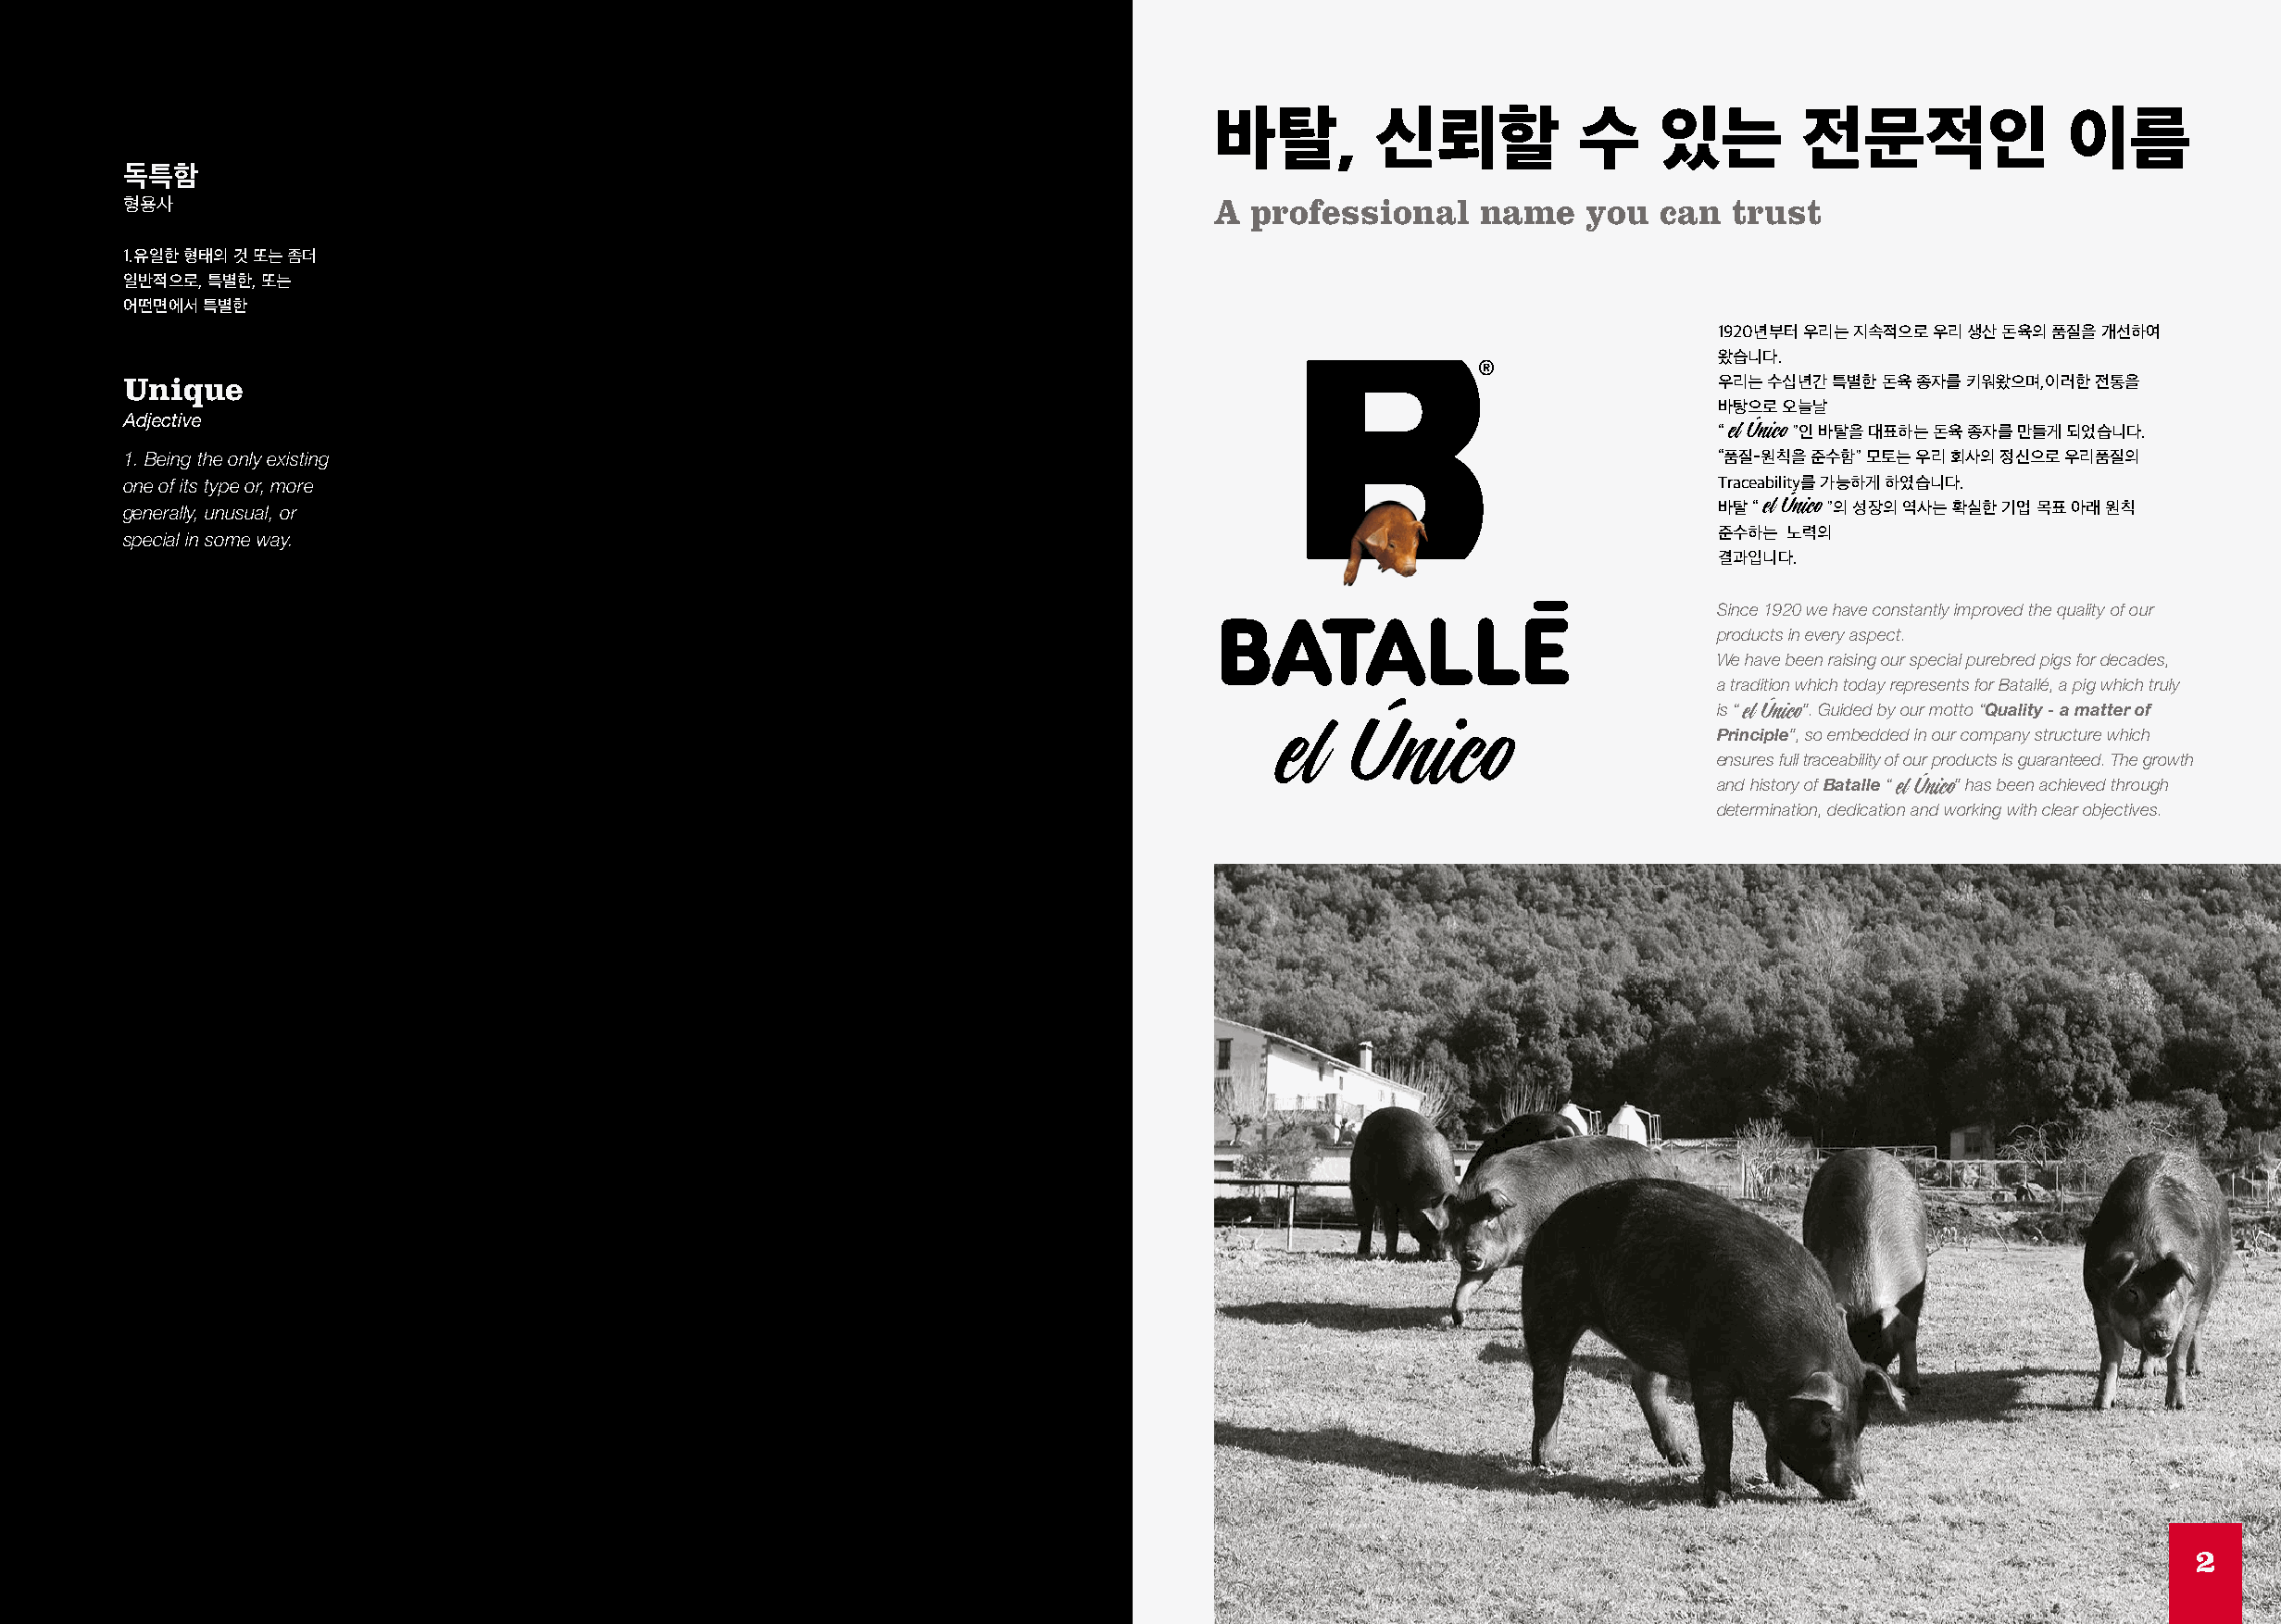
바탈,        신뢰할            수     있는        전문적인               이름
 독특함
 형용사                                                                           A professional     name   you   can  trust
 1.유일한 형태의 것 또는 좀더
 일반적으로, 특별한, 또는
 어떤면에서 특별한
 1920년부터 우리는 지속적으로 우리 생산 돈육의 품질을 개선하여
 왔습니다.
 Unique                                                                                                            우리는 수십년간 특별한 돈육 종자를 키워왔으며,이러한 전통을
 바탕으로 오늘날
 Adjective
 “    ”인 바탈을 대표하는 돈육 종자를 만들게 되었습니다.
 1. Being the only existing                                                                                        “품질-원칙을 준수함” 모토는 우리 회사의 정신으로 우리품질의
 one of its type or, more                                                                                          Traceability를 가능하게 하였습니다.
 generally, unusual, or                                                                                            바탈 “    ”의 성장의 역사는 확실한 기업 목표 아래 원칙
 special in some way.                                                                                              준수하는 노력의
 결과입니다.
 Since 1920 we have constantly improved the quality of our
 products in every aspect.
 We have been raising our special purebred pigs for decades,
 a tradition which today represents for Batallé, a pig which truly
 is “  ”. Guided by our motto “Quality - a matter of
 Principle”, so embedded in our company structure which
 ensures full traceability of our products is guaranteed. The growth
 and history of Batalle “ ” has been achieved through
 determination, dedication and working with clear objectives.
 2